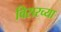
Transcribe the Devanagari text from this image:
विरारच्या